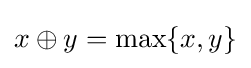
x\oplus y=\max\{x,y\}